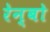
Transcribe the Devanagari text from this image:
रेन्‍बो